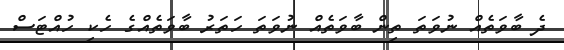
ދެ ބާވަތެއް ނުވަތަ ތިން ބާވަތެއް ނުވަތަ ހަތަރު ބާވަތެއްގެ ހެކި ހުއްޓަސް